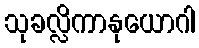
သုခလ္လိကာနုယောဂါ